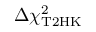
\Delta \chi _ { \mathrm { T 2 H K } } ^ { 2 }